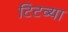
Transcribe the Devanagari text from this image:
टिटव्या